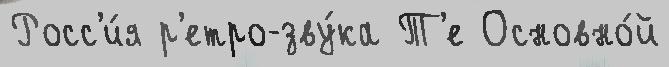
Росс'и́я р'етро-зву́ка Т'е Основно́й